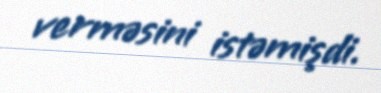
verməsini istəmişdi.